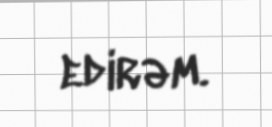
edirəm.